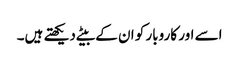
اسے اور کاروبار کو ان کے بیٹے دیکھتے ہیں۔